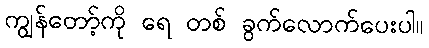
ကျွန်တော့်ကို ရေ တစ် ခွက်လောက်ပေးပါ။